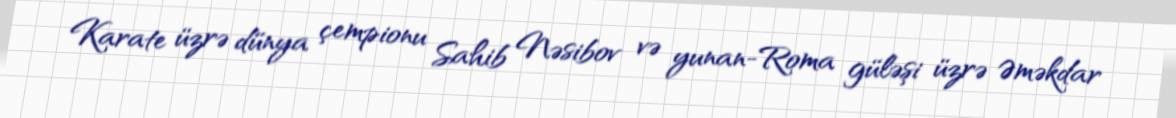
Karate üzrə dünya çempionu Sahib Nəsibov və yunan-Roma güləşi üzrə Əməkdar